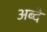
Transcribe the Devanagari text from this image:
अब्दे